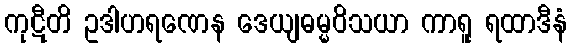
ကုဋီတိ ဥဒါဟရဏေန ဒေယျဓမ္မဝိသယာ ကာရူ ရထာဒီနံ